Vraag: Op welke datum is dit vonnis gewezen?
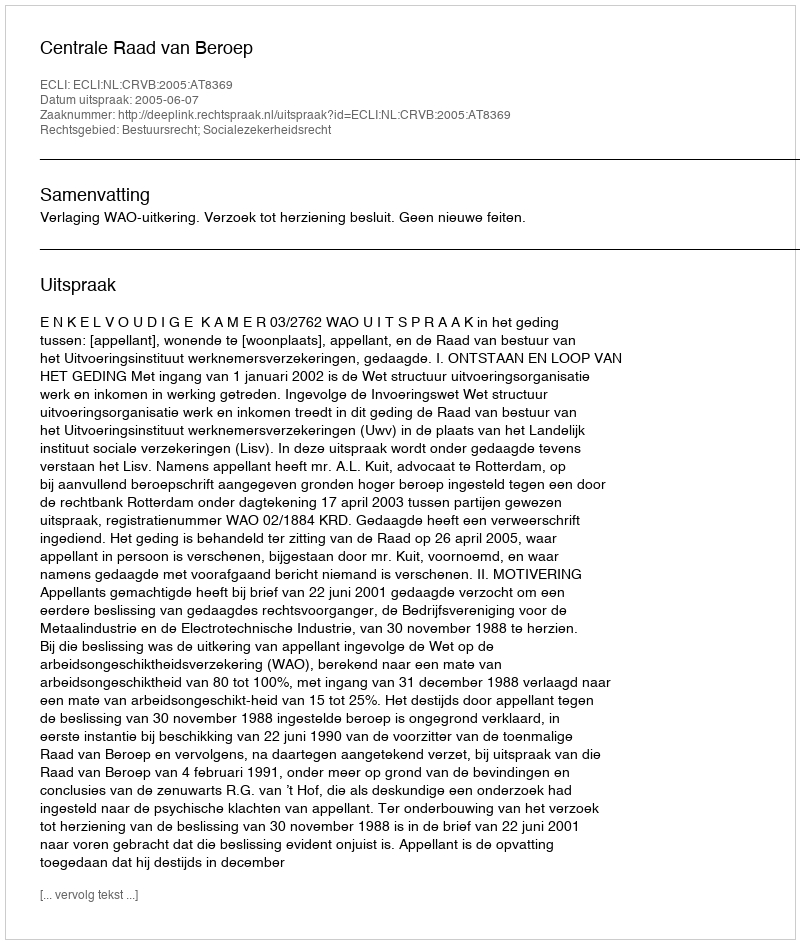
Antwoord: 2005-06-07